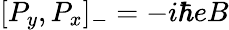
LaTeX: [P_{y},P_{x}]_{-}=-i\hbar eB